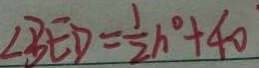
\angle B E D = \frac { 1 } { 2 } h ^ { \circ } + 4 0